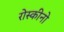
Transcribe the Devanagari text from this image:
रोस्कीनो